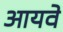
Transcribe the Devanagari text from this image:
आयवे